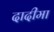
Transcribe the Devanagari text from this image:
दादीमा